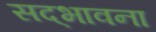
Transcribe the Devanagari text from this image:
सद्‌भावना